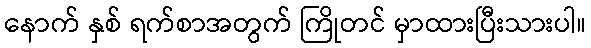
နောက် နှစ် ရက်စာအတွက် ကြိုတင် မှာထားပြီးသားပါ။